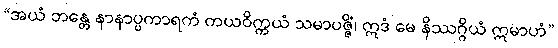
“အယံ ဘန္တေ နာနာပ္ပကာရကံ ကယဝိက္ကယံ သမာပဇ္ဇိံ၊ ဣဒံ မေ နိဿဂ္ဂိယံ ဣမာဟံ”